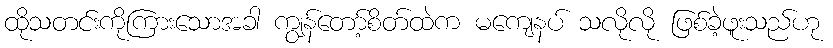
ထိုသတင်းကိုကြားသောအခါ ကျွန်တော့်စိတ်ထဲက မကျေနပ် သလိုလို ဖြစ်ခဲ့ဖူးသည်ဟု